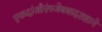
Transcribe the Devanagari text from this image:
एकदांऔरंगजेबबादशहाने